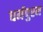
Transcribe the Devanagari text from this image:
धर्मपुरम